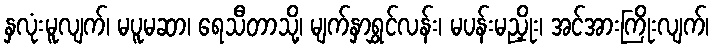
နှလုံးမူလျက်၊ မပူမဆာ၊ ရေသီတာသို့၊ မျက်နှာရွှင်လန်း၊ မပန်းမညှိုး၊ အင်အားကြိုးလျက်၊